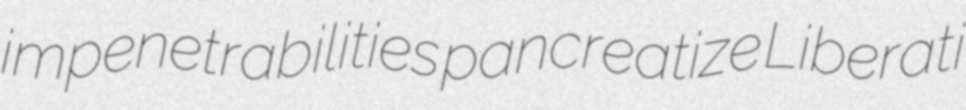
impenetrabilities pancreatize Liberati